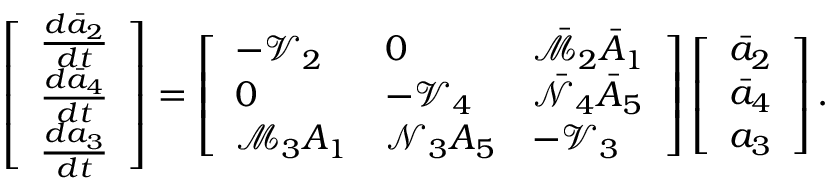
\left[ \begin{array} { l } { \frac { d \bar { a } _ { 2 } } { d t } } \\ { \frac { d \bar { a } _ { 4 } } { d t } } \\ { \frac { d { a } _ { 3 } } { d t } } \end{array} \right] = \left[ \begin{array} { l l l } { - \mathcal { V } _ { 2 } } & { 0 } & { \bar { { \mathcal { M } } } _ { 2 } \bar { A } _ { 1 } } \\ { 0 } & { - \mathcal { V } _ { 4 } } & { \bar { \mathcal { N } } _ { 4 } \bar { A } _ { 5 } } \\ { { \mathcal { M } } _ { 3 } { A } _ { 1 } } & { { \mathcal { N } } _ { 3 } { A } _ { 5 } } & { - \mathcal { V } _ { 3 } } \end{array} \right] \left[ \begin{array} { l } { \bar { a } _ { 2 } } \\ { \bar { a } _ { 4 } } \\ { { a } _ { 3 } } \end{array} \right] .